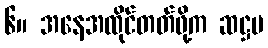
၆။ အနေအထိုင်တတ်ဖို့က ဆဋ္ဌမ